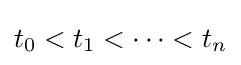
t_{0}<t_{1}<\dots <t_{n}